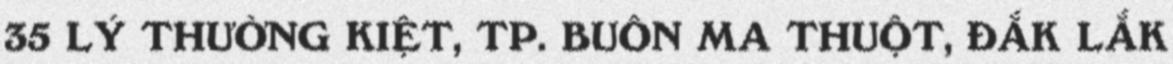
35 LÝ THƯỜNG KIỆT, TP. BUÔN MA THUỘT, ĐẮK LẮK